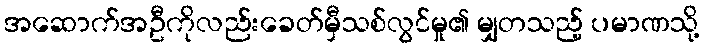
အဆောက်အဦကိုလည်းခေတ်မှီသစ်လွင်မှု၏ မျှတသည့် ပမာဏသို့